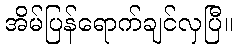
အိမ်ပြန်ရောက်ချင်လှပြီ။